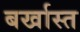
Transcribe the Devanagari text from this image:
बर्खास्त